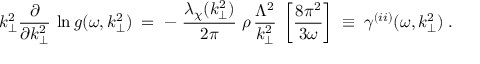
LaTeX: k _ { \perp } ^ { 2 } \frac { \partial } { \partial k _ { \perp } ^ { 2 } } \, \ln g ( \omega , k _ { \perp } ^ { 2 } ) \; = \; - \; \frac { \lambda _ { \chi } ( k _ { \perp } ^ { 2 } ) } { 2 \pi } \; \rho \, \frac { \Lambda ^ { 2 } } { k _ { \perp } ^ { 2 } } \; \left[ \frac { 8 \pi ^ { 2 } } { 3 \omega } \right] \; \equiv \; \gamma ^ { ( i i ) } ( \omega , k _ { \perp } ^ { 2 } ) \; .